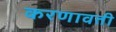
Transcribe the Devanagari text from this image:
करणावती